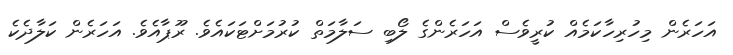
އަހަރެން މިހުރިހާކަމެއް ކުރީވެސް އަހަރެންގެ ލޯބި ސަލާމަތް ކުރުމަށްޓަކައެވެ. ރޫޕާއެވެ. އަހަރެން ކަލާދެކެ